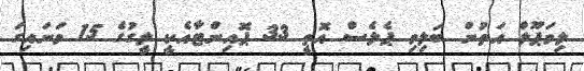
ލިވަޕޫލް އަތުން ބަލިވި ޕެލެސް އޮތީ 33 ޕޮއިންޓާއެކީ ލީގުގެ 15 ވަނައިގަ